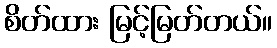
စိတ်ထား မြင့်မြတ်တယ်။